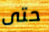
حتى